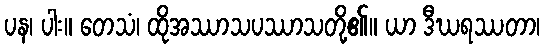
ပန၊ ပါး။ တေသံ၊ ထိုအဿာသပဿာသတို့၏။ ယာ ဒီဃရဿတာ၊